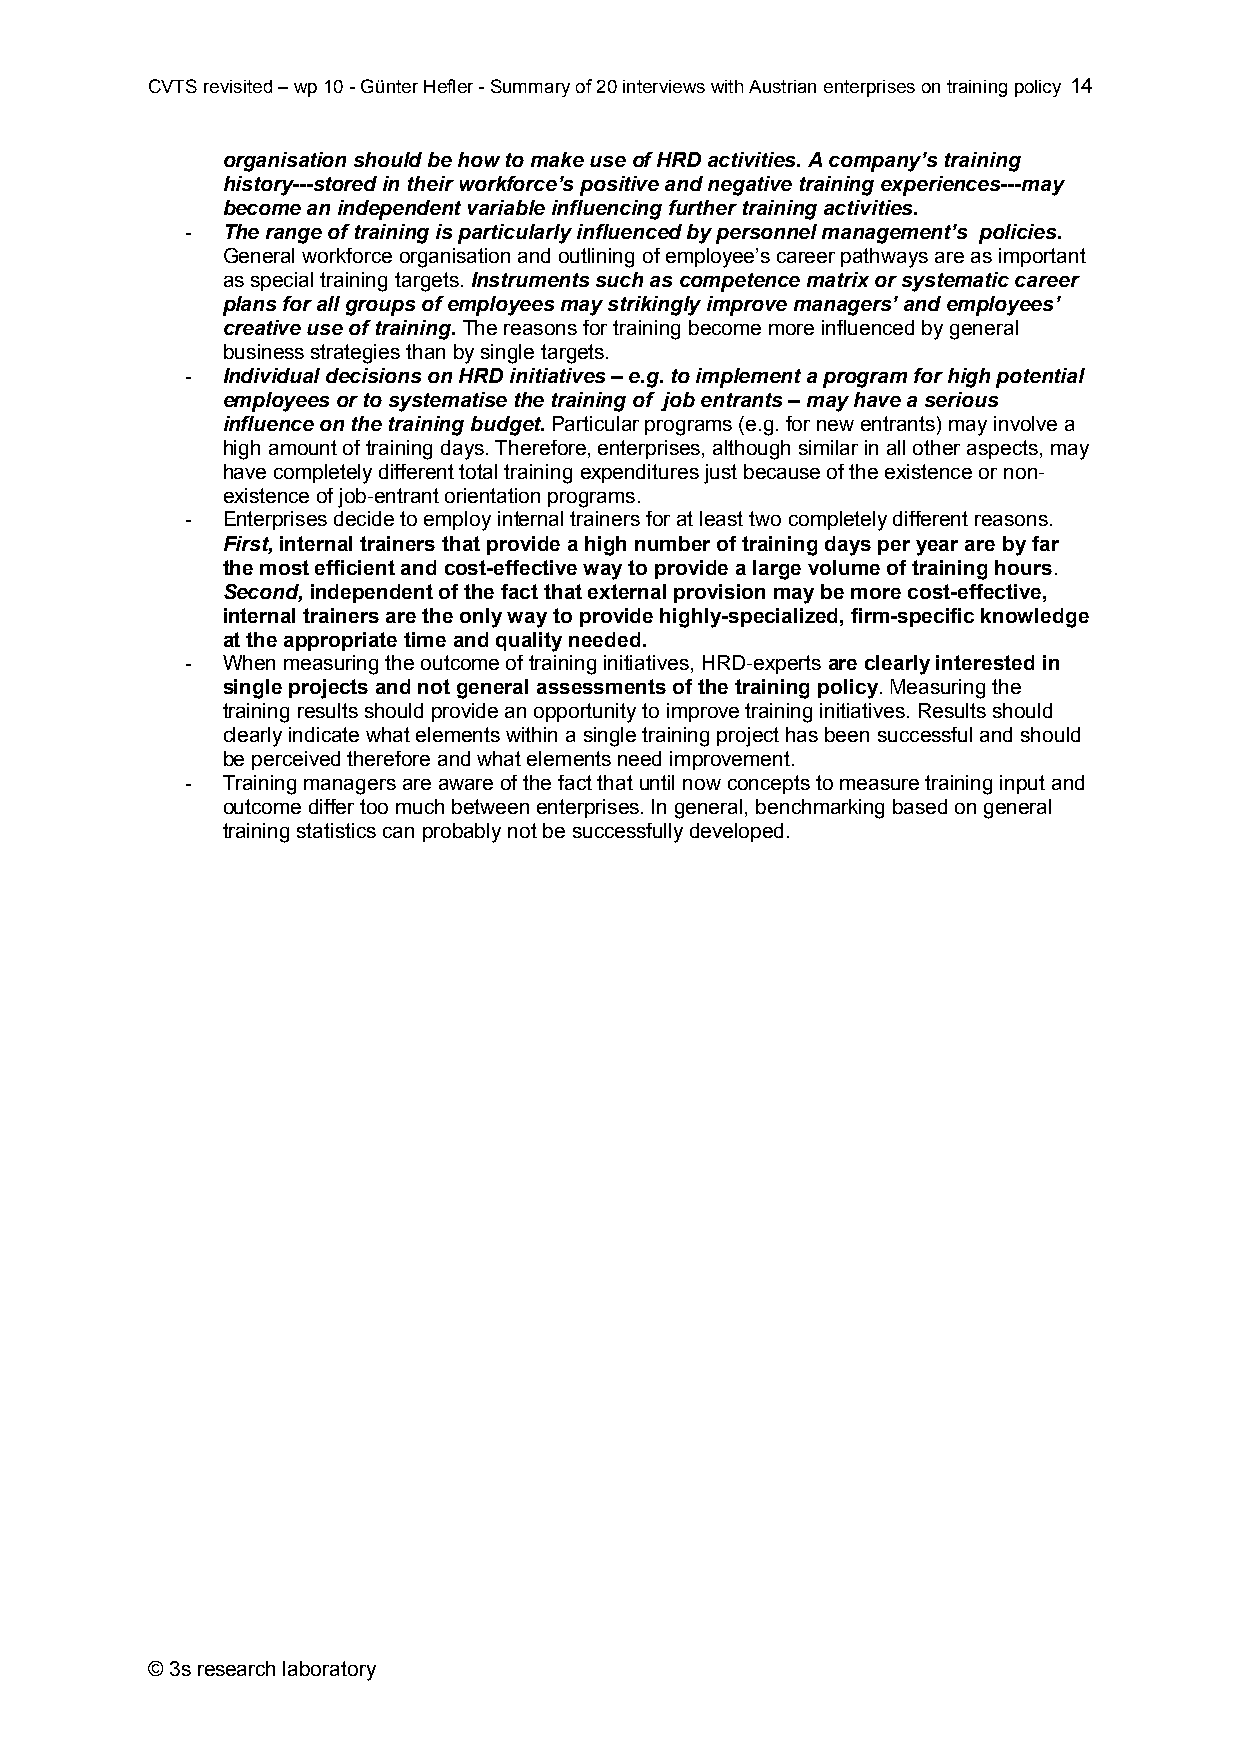
CVTS revisited – wp 10 - Günter Hefler - Summary of 20 interviews with Austrian enterprises on training policy 14
 organisation should be how to make use of HRD activities. A company’s training
 history---stored in their workforce’s positive and negative training experiences---may
 become an independent variable influencing further training activities.
 -  The range of training is particularly influenced by personnel management’s policies.
 General workforce organisation and outlining of employee’s career pathways are as important
 as special training targets. Instruments such as competence matrix or systematic career
 plans for all groups of employees may strikingly improve managers’ and employees’
 creative use of training. The reasons for training become more influenced by general
 business strategies than by single targets.
 -  Individual decisions on HRD initiatives – e.g. to implement a program for high potential
 employees or to systematise the training of job entrants – may have a serious
 influence on the training budget. Particular programs (e.g. for new entrants) may involve a
 high amount of training days. Therefore, enterprises, although similar in all other aspects, may
 have completely different total training expenditures just because of the existence or non-
 existence of job-entrant orientation programs.
 -  Enterprises decide to employ internal trainers for at least two completely different reasons.
 First, internal trainers that provide a high number of training days per year are by far
 the most efficient and cost-effective way to provide a large volume of training hours.
 Second, independent of the fact that external provision may be more cost-effective,
 internal trainers are the only way to provide highly-specialized, firm-specific knowledge
 at the appropriate time and quality needed.
 -  When measuring the outcome of training initiatives, HRD-experts are clearly interested in
 single projects and not general assessments of the training policy. Measuring the
 training results should provide an opportunity to improve training initiatives. Results should
 clearly indicate what elements within a single training project has been successful and should
 be perceived therefore and what elements need improvement.
 -  Training managers are aware of the fact that until now concepts to measure training input and
 outcome differ too much between enterprises. In general, benchmarking based on general
 training statistics can probably not be successfully developed.
 © 3s research laboratory